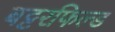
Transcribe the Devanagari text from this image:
बट्टरफिल्ड